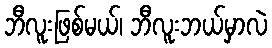
ဘီလူးဖြစ်မယ်၊ ဘီလူးဘယ်မှာလဲ